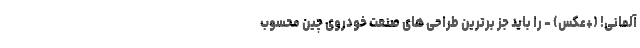
آلمانی! (+عکس) - را باید جز برترین طراحی های صنعت خودروی چین محسوب